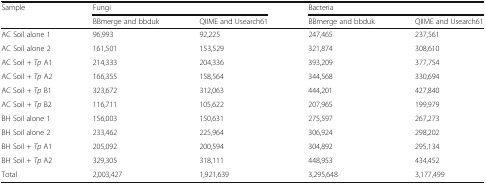
| <ROWSPAN=2> Sample | <COLSPAN=2> Fungi | <COLSPAN=2> Bacteria |
 | BBmerge and bbduk | QIIME and Usearch61 | BBmerge and bbduk | QIIME and Usearch61 |
 | --- | --- | --- | --- | --- |
 | AC Soil alone 1 | 96,993 | 92,225 | 247,465 | 237,561 |
 | AC Soil alone 2 | 161,501 | 153,529 | 321,874 | 308,610 |
 | AC Soil + Tp A1 | 214,333 | 204,336 | 393,209 | 377,754 |
 | AC Soil + Tp A2 | 166,355 | 158,564 | 344,568 | 330,694 |
 | AC Soil + Tp B1 | 323,672 | 312,063 | 444,201 | 427,840 |
 | AC Soil + Tp B2 | 116,711 | 105,622 | 207,965 | 199,979 |
 | BH Soil alone 1 | 156,003 | 150,631 | 275,597 | 267,273 |
 | BH Soil alone 2 | 233,462 | 225,964 | 306,924 | 298,202 |
 | BH Soil + Tp A1 | 205,092 | 200,594 | 304,892 | 295,134 |
 | BH Soil + Tp A2 | 329,305 | 318,111 | 448,953 | 434,452 |
 | Total | 2,003,427 | 1,921,639 | 3,295,648 | 3,177,499 |